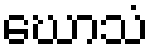
ဃောသံ